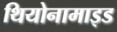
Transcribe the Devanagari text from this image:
थियोनामाइड